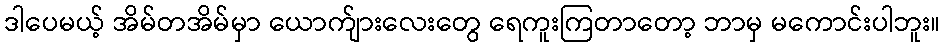
ဒါပေမယ့် အိမ်တအိမ်မှာ ယောက်ျားလေးတွေ ရေကူးကြတာတော့ ဘာမှ မကောင်းပါဘူး။